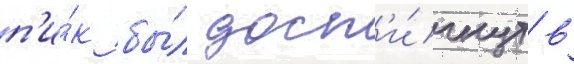
п'и́к бы́л дост'и́гнут в